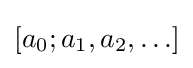
[a_{0};a_{1},a_{2},\ldots ]